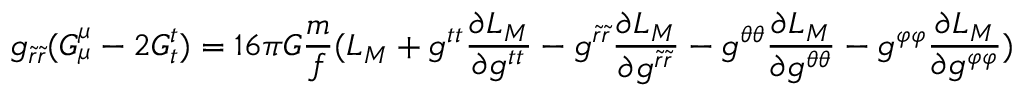
g _ { \tilde { r } \tilde { r } } ( G _ { \mu } ^ { \mu } - 2 G _ { t } ^ { t } ) = 1 6 \pi G \frac { m } { f } ( L _ { M } + g ^ { t t } \frac { \partial L _ { M } } { \partial g ^ { t t } } - g ^ { \tilde { r } \tilde { r } } \frac { \partial L _ { M } } { \partial g ^ { \tilde { r } \tilde { r } } } - g ^ { \theta \theta } \frac { \partial L _ { M } } { \partial g ^ { \theta \theta } } - g ^ { \varphi \varphi } \frac { \partial L _ { M } } { \partial g ^ { \varphi \varphi } } )